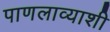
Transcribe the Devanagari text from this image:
पाणलाव्याशी